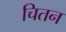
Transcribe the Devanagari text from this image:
चितन